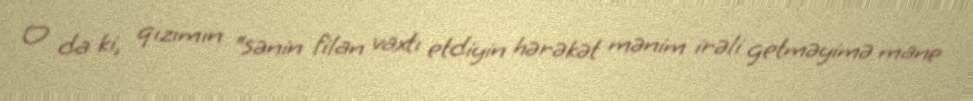
O da ki, qızımın “sənin filan vaxtı etdiyin hərəkət mənim irəli getməyimə mane